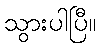
သွားပါပြီ။